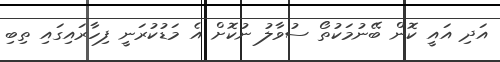
އަދި އައީ ކޮން ބޭނުމަކުތޯ ސުވާލު ނުކޮށް އެ މަޑުކުރަނީ ފިހާރައިގައި ތިބި